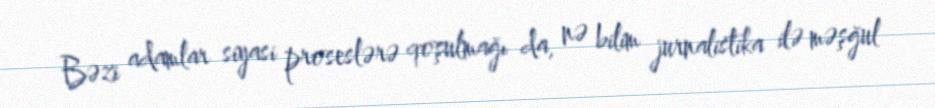
Bəzi adamlar siyasi proseslərə qoşulmağı da, nə bilim jurnalistika ilə məşğul